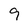
Character: 9